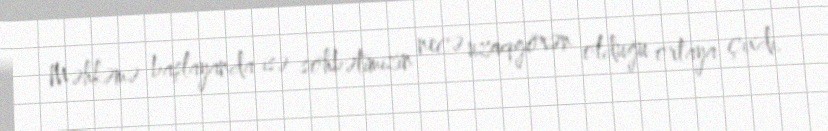
Məhkəmə başlayanda isə söhbətimizin necə uzaqgörən olduğu ortaya çıxdı.